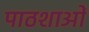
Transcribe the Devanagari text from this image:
पाठशाओं